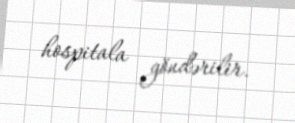
hospitala göndərilir.